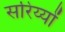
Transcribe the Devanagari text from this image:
सरिय्यों